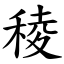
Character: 稜